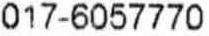
017-6057770